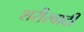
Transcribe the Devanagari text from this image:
शरीरवादी